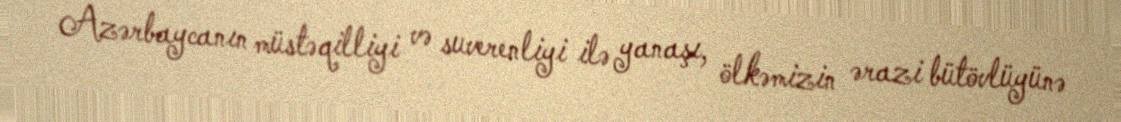
Azərbaycanın müstəqilliyi və suverenliyi ilə yanaşı, ölkəmizin ərazi bütövlüyünə